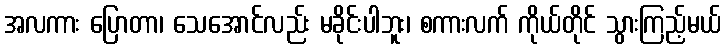
အလကား ပြောတာ၊ သေအောင်လည်း မခိုင်းပါဘူး၊ စကားလက် ကိုယ်တိုင် သွားကြည့်မယ်